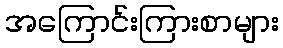
အကြောင်းကြားစာများ